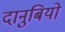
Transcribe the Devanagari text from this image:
दानुबियो